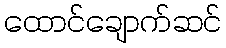
ထောင်ချောက်ဆင်